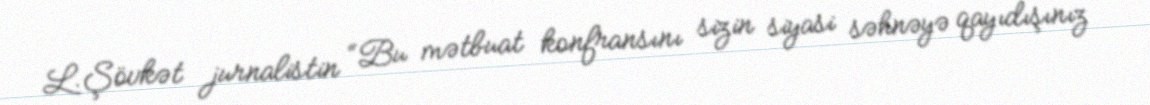
L.Şövkət jurnalistin “Bu mətbuat konfransını sizin siyasi səhnəyə qayıdışınız